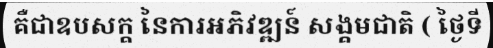
គឺជាឧបសក្គ នៃការអភិវឌ្ឍន៍ សង្គមជាតិ ( ថ្ងៃទី